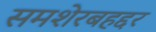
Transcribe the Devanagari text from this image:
समशेरबहद्दर